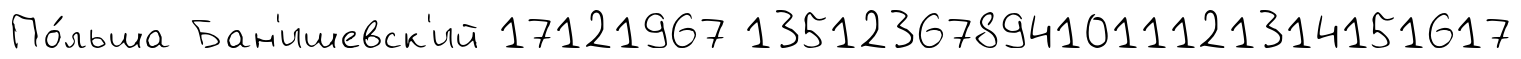
По́льша Бан'ишевск'ий 17121967 135123678941011121314151617